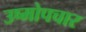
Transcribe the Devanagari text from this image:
उष्मोपचार